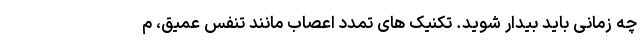
چه زمانی باید بیدار شوید. تکنیک های تمدد اعصاب مانند تنفس عمیق، م